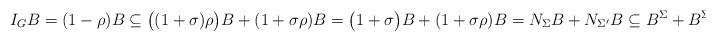
LaTeX: \begin{align*}I_{G}B = (1-\rho)B \subseteq \bigl((1+\sigma)\rho\bigr)B+ (1+\sigma\rho)B=\bigl(1+\sigma\bigr)B+ (1+\sigma\rho)B=N_\Sigma B+N_{\Sigma'}B\subseteq B^{\Sigma}+B^{\Sigma'}.\end{align*}